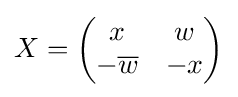
X={\begin{pmatrix}x&w\\-{\overline {w}}&-x\end{pmatrix}}